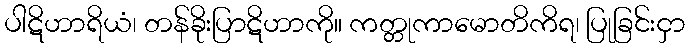
ပါဋိဟာရိယံ၊ တန်ခိုးပြာဋိဟာကို။ ကတ္တုကာမောတိကိရ၊ ပြုခြင်းငှာ